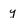
Character: y